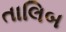
તાલિબ